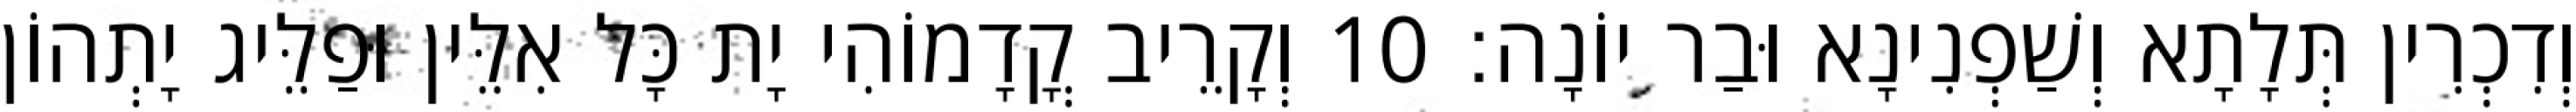
וְדִכְרִין תְּלָתָא וְשַׁפְנִינָא וּבַר יוֹנָה׃ 10 וְקָרֵיב קֳדָמוֹהִי יָת כָּל אִלֵּין וּפַלֵּיג יָתְהוֹן